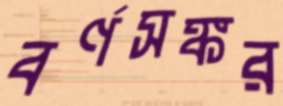
বর্ণসঙ্কর